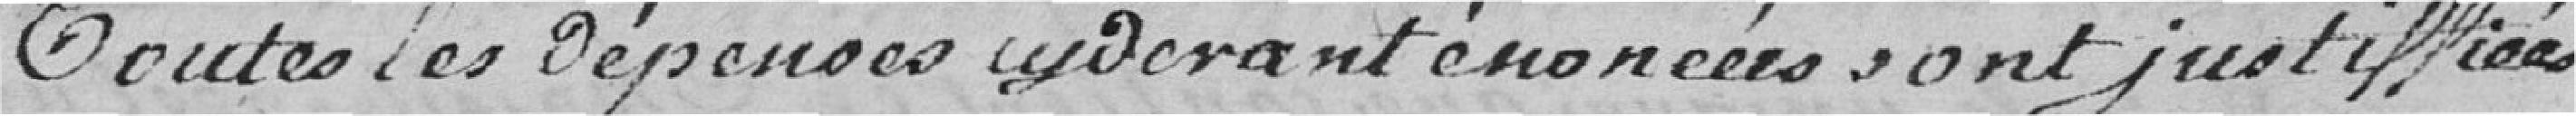
Toutes les dépenses ci-devant énoncées sont jsutifiées